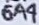
Text: 6A4